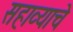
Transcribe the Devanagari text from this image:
सहाव्याचे